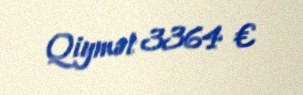
Qiymət 3364 €